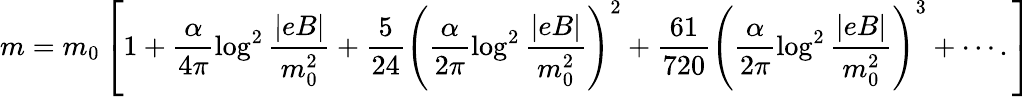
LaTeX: m=m_{0}\left[1+\frac{\alpha}{4\pi}\log^{2}\frac{|eB|}{m_{0}^{2}}+\frac{5}{24}\left(\frac{\alpha}{2\pi}\log^{2}\frac{|eB|}{m_{0}^{2}}\right)^{2}+\frac{61}{720}\left(\frac{\alpha}{2\pi}\log^{2}\frac{|eB|}{m_{0}^{2}}\right)^{3}+\cdots.\right]